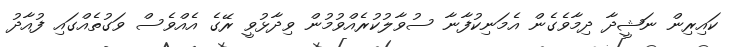
ކައިރިން ނަޝީދާ ދިމާވެގެން އެމަނިކުފާނާ ސުވާލުކުރެއްވުމުން ވިދާޅުވީ ރޭގެ އެއްވެސް ވަގުތެއްގައި ފުއާދު